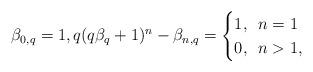
LaTeX: \begin{align*}\beta_{0,q}=1, q(q\beta_q +1)^n - \beta_{n,q} = \begin{cases}1, \,\,\, n =1 \\ 0, \,\,\, n > 1, \end{cases}\end{align*}